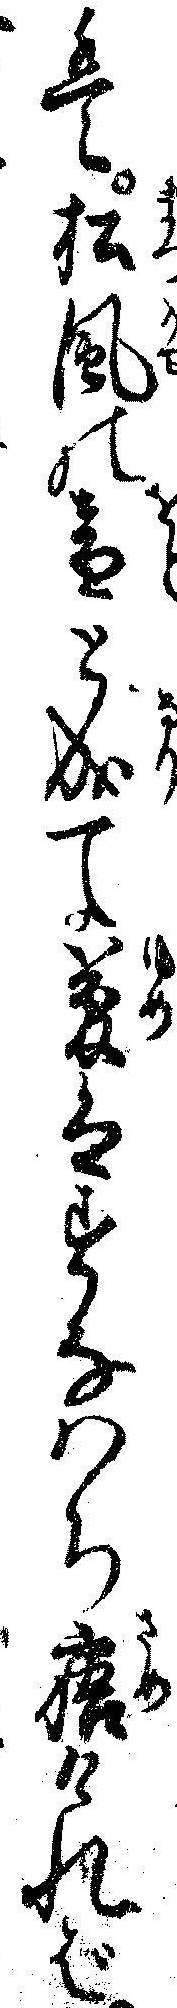
は松風の音と成て夢はすなハち寤ければ